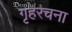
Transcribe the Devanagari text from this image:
गृहरचना